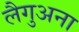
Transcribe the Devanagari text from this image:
लैगुअना